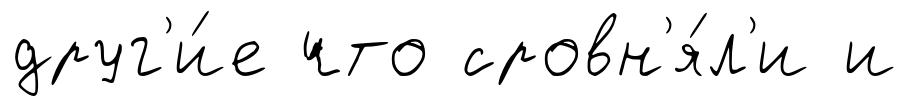
друг'и́е что сровн'я́л'и и